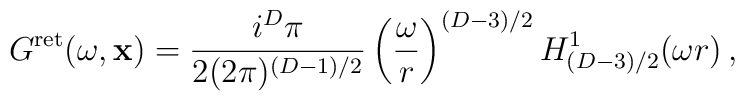
G^{\rm ret}(\omega,{\bf x})=\frac{i^D \pi}{2(2\pi)^{(D-1)/2}} \left(\frac{\omega}{r}\right)^{(D-3)/2} H^1_{(D-3)/2}(\omega r)\,,